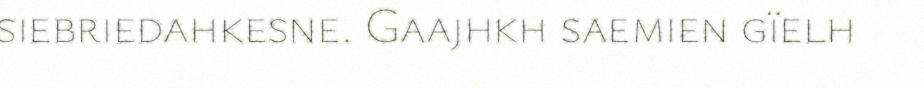
siebriedahkesne. Gaajhkh saemien gïelh